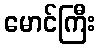
မောင်ကြီး